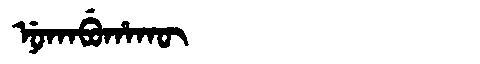
Manchu: ᠨᡠᡴᠠᠪᡠᡥᠠᡴᡡ
Romanization: NUKABUHAKŪ